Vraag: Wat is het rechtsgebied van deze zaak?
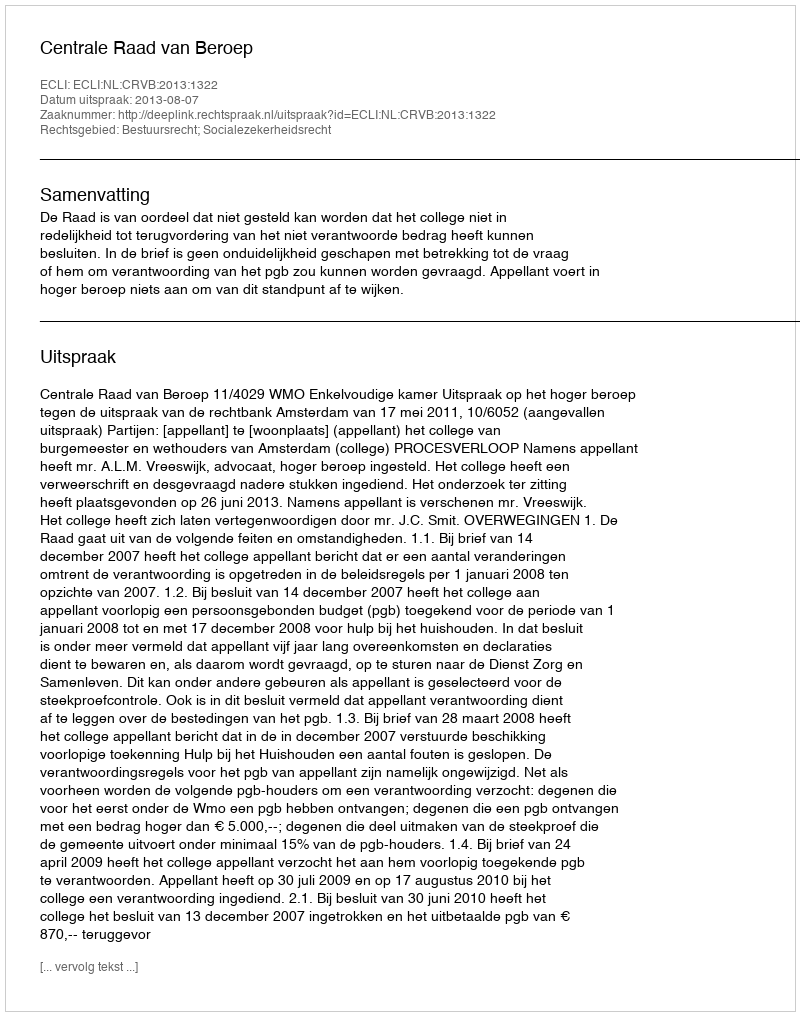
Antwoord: Bestuursrecht; Socialezekerheidsrecht